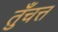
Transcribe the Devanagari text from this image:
तुँचत्त